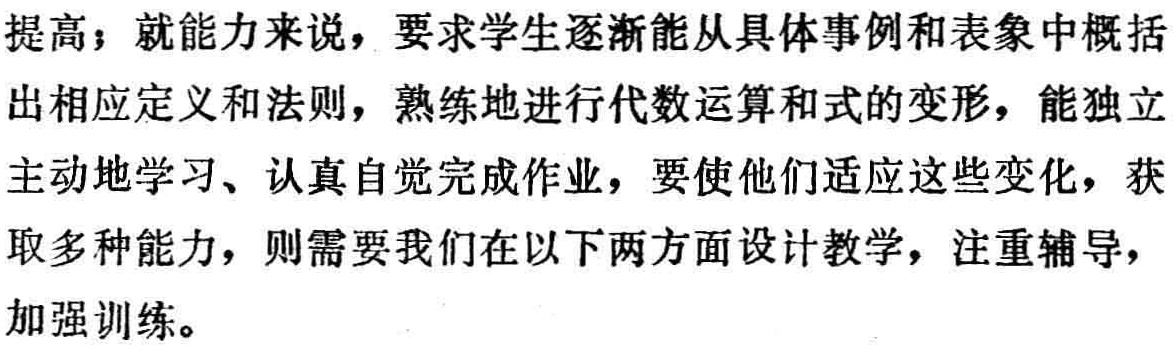
提高；就能力来说，要求学生逐渐能从具体事例和表象中概括出相应定义和法则，熟练地进行代数运算和式的变形，能独立自主地学习、认真自觉完成作业，要使他们适应这些变化，获取多种能力，则需要我们在以下两方面设计教学，注重辅导，加强训练。